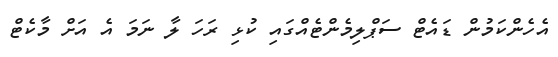
އެހެންކަމުން ޑައެޓް ސަޕްލިމެންޓެއްގައި ކުޅި ރަހަ ލާ ނަމަ އެ އަށް މާކެޓް